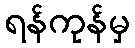
ရန်ကုန်မှ